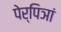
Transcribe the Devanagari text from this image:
पेर्पिञां